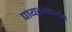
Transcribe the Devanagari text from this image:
पायऱ्यांपर्यंत